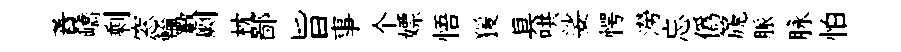
蕡嶠剩窓輪斁劂枕鄙旨事个嫖悟猨具哄娑愕澇忘僞篪脈脉怕